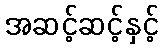
အဆင့်ဆင့်နှင့်